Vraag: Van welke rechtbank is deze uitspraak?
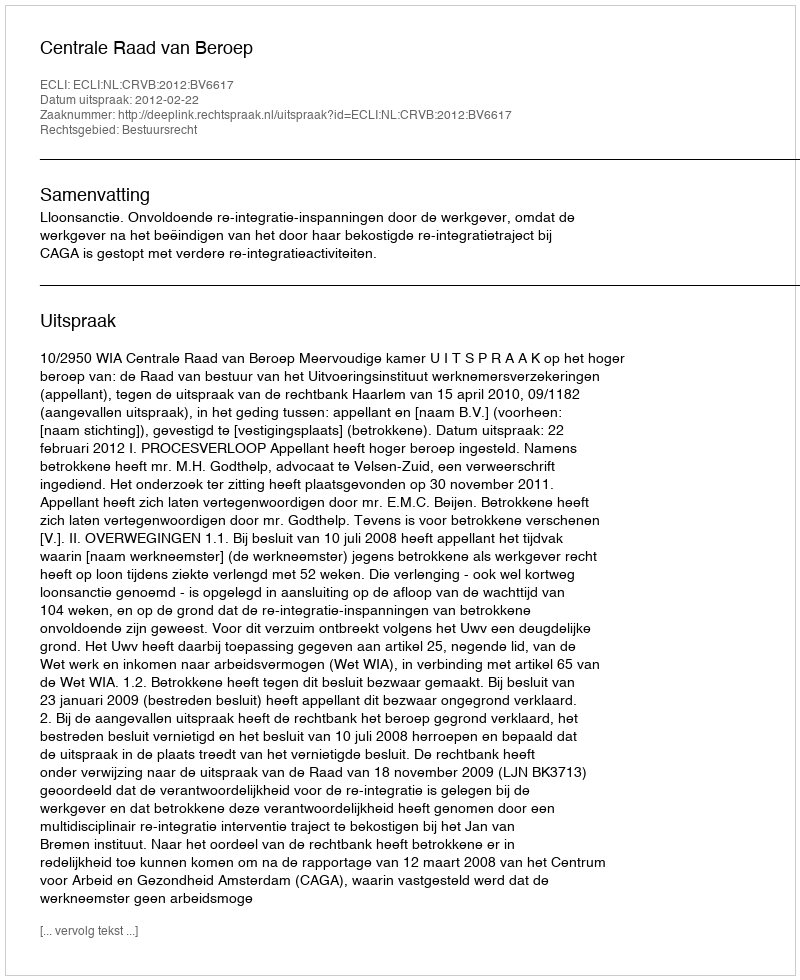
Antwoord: Centrale Raad van Beroep